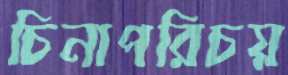
চিনাপরিচয়